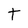
Character: t